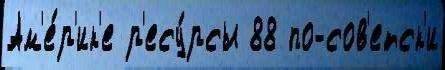
Ам'е́р'ик'е р'есу́рсы 88 по-сов'етск'и